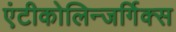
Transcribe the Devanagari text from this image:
एंटीकोलिन्जर्गिक्स